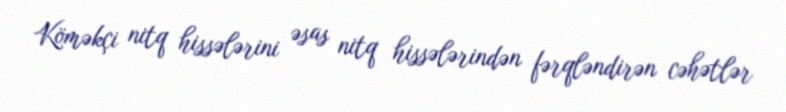
Köməkçi nitq hissələrini əsas nitq hissələrindən fərqləndirən cəhətlər